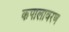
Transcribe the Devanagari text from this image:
कपालावरण